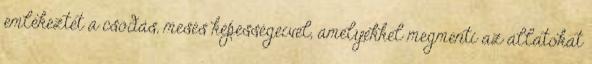
emlékeztet a csodás, mesés képességeivel, amelyekkel megmenti az állatokat